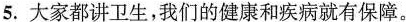
5.大家都讲卫生，我们的健康和疾病就有保障。